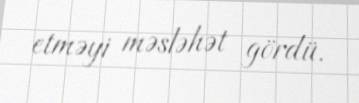
etməyi məsləhət gördü.